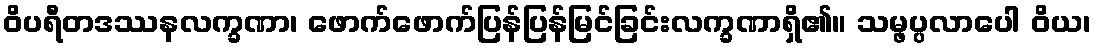
ဝိပရီတဒဿနလက္ခဏာ၊ ဖောက်ဖောက်ပြန်ပြန်မြင်ခြင်းလက္ခဏာရှိ၏။ သမ္ဖပ္ပလာပေါ ဝိယ၊